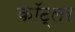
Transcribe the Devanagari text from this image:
कॉट्लर